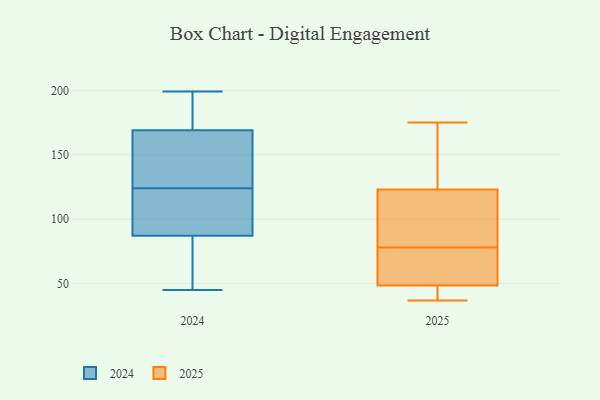
{"axis": {"x": "Page Views", "y": "Value"}, "legend": ["2024", "2025"], "data": [{"x": "", "y": 140, "type": "2025"}, {"x": "", "y": 75, "type": "2025"}, {"x": "", "y": 48, "type": "2025"}, {"x": "", "y": 91, "type": "2025"}, {"x": "", "y": 175, "type": "2025"}, {"x": "", "y": 66, "type": "2025"}, {"x": "", "y": 45, "type": "2025"}, {"x": "", "y": 109, "type": "2025"}, {"x": "", "y": 49, "type": "2025"}, {"x": "", "y": 137, "type": "2025"}, {"x": "", "y": 81, "type": "2025"}, {"x": "", "y": 37, "type": "2025"}, {"x": "", "y": 61, "type": "2024"}, {"x": "", "y": 139, "type": "2024"}, {"x": "", "y": 116, "type": "2024"}, {"x": "", "y": 191, "type": "2024"}, {"x": "", "y": 157, "type": "2024"}, {"x": "", "y": 90, "type": "2024"}, {"x": "", "y": 147, "type": "2024"}, {"x": "", "y": 199, "type": "2024"}, {"x": "", "y": 142, "type": "2024"}, {"x": "", "y": 182, "type": "2024"}, {"x": "", "y": 124, "type": "2024"}, {"x": "", "y": 88, "type": "2024"}, {"x": "", "y": 177, "type": "2024"}, {"x": "", "y": 62, "type": "2024"}, {"x": "", "y": 64, "type": "2024"}, {"x": "", "y": 87, "type": "2024"}, {"x": "", "y": 173, "type": "2024"}, {"x": "", "y": 111, "type": "2024"}, {"x": "", "y": 45, "type": "2024"}]}